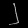
Digit: ၂